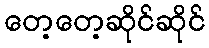
တေ့တေ့ဆိုင်ဆိုင်